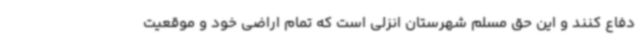
دفاع کنند و این حق مسلم شهرستان انزلی است که تمام اراضی خود و موقعیت